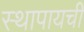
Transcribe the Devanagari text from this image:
स्थापायची